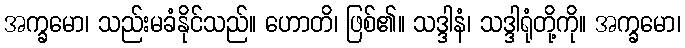
အက္ခမော၊ သည်းမခံနိုင်သည်။ ဟောတိ၊ ဖြစ်၏။ သဒ္ဒါနံ၊ သဒ္ဒါရုံတို့ကို။ အက္ခမော၊